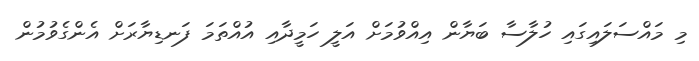
މި މައްސަލައިގައި ހުލާސާ ބަޔާން އިއްވުމަށް އަލީ ހަމީދާއި އުއްތަމަ ފަނޑިޔާރަށް އެންގެވުމުން